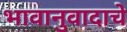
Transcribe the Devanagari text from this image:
भावानुवादाचे